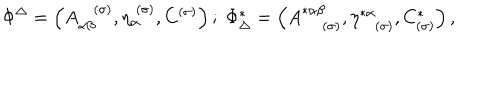
\Phi ^ { \Delta } = \left( A _ { \alpha \beta } ^ { ( \sigma ) } , \eta _ { \alpha } ^ { \; ( \sigma ) } , C ^ { ( \sigma ) } \right) ; \; \Phi _ { \Delta } ^ { * } = \left( A _ { \; ( \sigma ) } ^ { * \alpha \beta } , \eta _ { ( \sigma ) } ^ { * \alpha } , C _ { ( \sigma ) } ^ { * } \right) ,